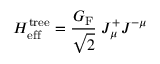
{ \cal H } _ { \mathrm { e f f } } ^ { \mathrm { t r e e } } = { \frac { G _ { \mathrm { F } } } { \sqrt 2 } } \; { \cal J } _ { \mu } ^ { + } { \cal J } ^ { - \mu }